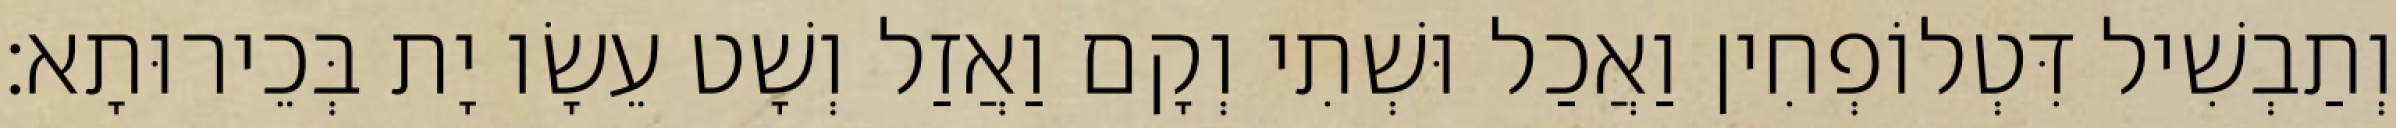
וְתַבְשִׁיל דִּטְלוֹפְחִין וַאֲכַל וּשְׁתִי וְקָם וַאֲזַל וְשָׁט עֵשָׂו יָת בְּכֵירוּתָא׃